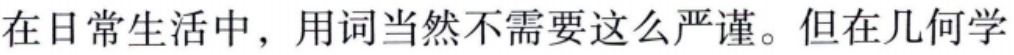
在日常生活中，用词当然不需要这么严谨。但在几何学